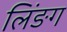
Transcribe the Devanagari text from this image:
लिंङग